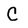
Character: C